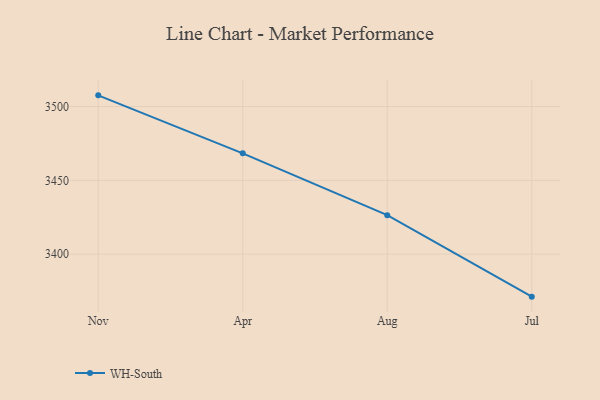
{"axis": {"x": "Month", "y": "Budget (USD K)"}, "legend": ["WH-South"], "data": [{"x": "Nov", "y": 3507.6, "type": "WH-South"}, {"x": "Apr", "y": 3468.3, "type": "WH-South"}, {"x": "Aug", "y": 3426.4, "type": "WH-South"}, {"x": "Jul", "y": 3371.2, "type": "WH-South"}]}